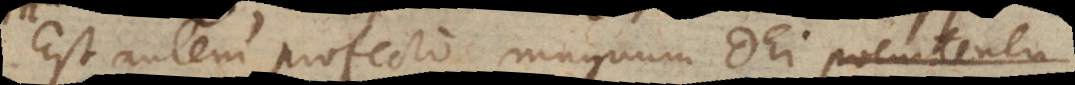
Est autem profecto magnum Dei